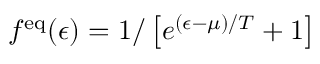
f ^ { \mathrm { e q } } ( \epsilon ) = 1 / \left[ e ^ { ( \epsilon - \mu ) / T } + 1 \right]